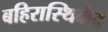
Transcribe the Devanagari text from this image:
बहिरास्थिकंद